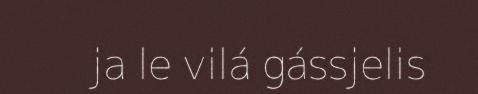
ja le vilá gássjelis